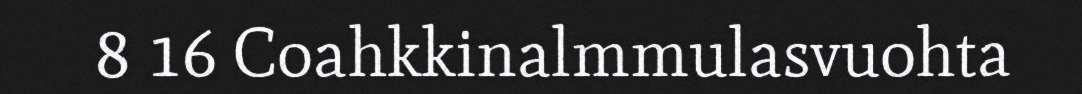
8 16 Coahkkinalmmulasvuohta